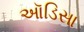
ઑડિસા